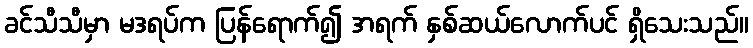
ခင်သီသီမှာ မဒရပ်က ပြန်ရောက်၍ အရက် နှစ်ဆယ်လောက်ပင် ရှိသေးသည်။